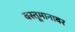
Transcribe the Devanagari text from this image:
वस्तूमानावर